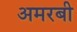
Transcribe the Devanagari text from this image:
अमरबी